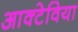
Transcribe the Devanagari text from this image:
आक्टेविया